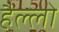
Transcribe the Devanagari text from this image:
हैल्लो